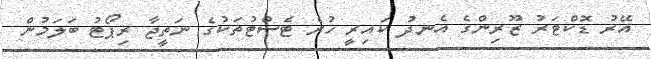
އޭރު ޑޮކްޓަރު ޒޫރިންގެ އެނދު ކައިރީ ހުރެ ޓެސްޓުތަކުގެ ނަތީޖާ ރިޕޯޓު ބަލަމުން